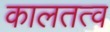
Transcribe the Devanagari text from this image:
कालतत्व